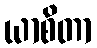
ယာစိတာ